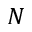
N